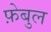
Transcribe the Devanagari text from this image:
फ़ेबुल